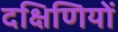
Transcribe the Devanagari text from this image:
दक्षिणियों